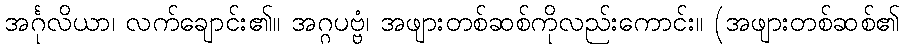
အင်္ဂုလိယာ၊ လက်ချောင်း၏။ အဂ္ဂပဗ္ဗံ၊ အဖျားတစ်ဆစ်ကိုလည်းကောင်း။ (အဖျားတစ်ဆစ်၏